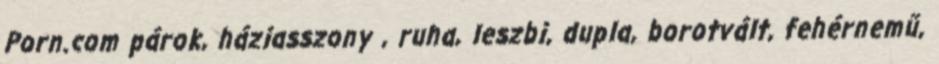
Porn.com párok, háziasszony , ruha, leszbi, dupla, borotvált, fehérnemű,